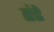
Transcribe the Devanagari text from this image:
तंडे